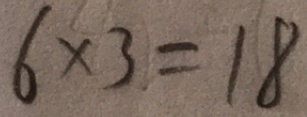
6 \times 3 = 1 8